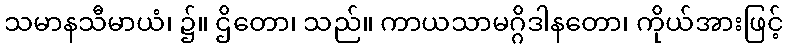
သမာနသီမာယံ၊ ၌။ ဌိတော၊ သည်။ ကာယသာမဂ္ဂိဒါနတော၊ ကိုယ်အားဖြင့်